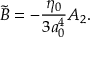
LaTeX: \tilde { B } = - { \frac { \eta _ { 0 } } { 3 a _ { 0 } ^ { 4 } } } A _ { 2 } .